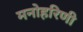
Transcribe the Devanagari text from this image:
मनोहरिणी